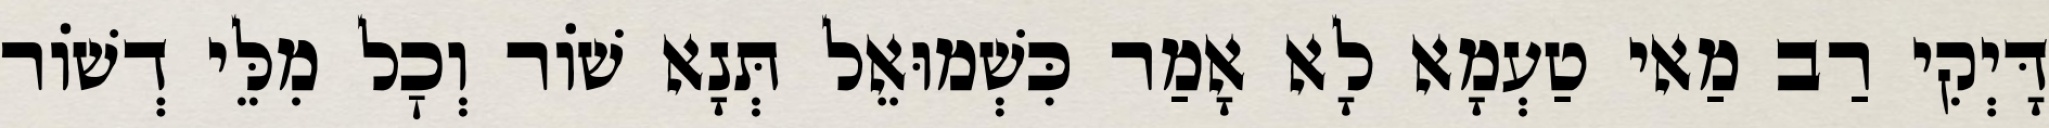
דָּיְקִי רַב מַאי טַעְמָא לָא אָמַר כִּשְׁמוּאֵל תְּנָא שׁוֹר וְכׇל מִלֵּי דְשׁוֹר